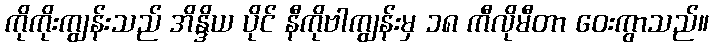
ကိုကိုးကျွန်းသည် အိန္ဒိယ ပိုင် နီကိုဗါကျွန်းမှ ၁၈ ကီလိုမီတာ ဝေးကွာသည်။